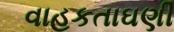
વાહકતાઘણી